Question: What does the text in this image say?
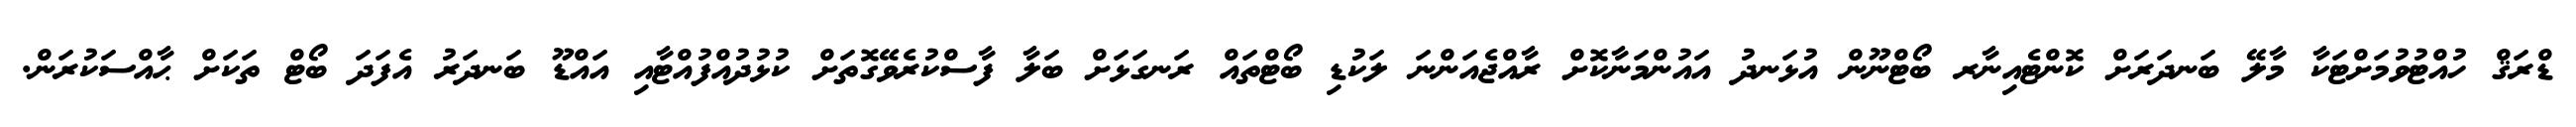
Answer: ޑްރަޤް ހުއްޓުވުމަށްޓަކާ މާލޭ ބަނދަރަށް ކޮންޓެއިނާރ ބޯޓްނޫން އުޅަނދު އައުންމަނާކޮށް ރާއްޖެއަންނަ ލަކުޑި ބޯޓްތައް ރަނގަޅަށް ބަލާ ފާސްކުރެވޭގޮތަށް ކުޅުދުއްފުއްޓާއި އައްޑޫ ބަނދަރު އެފަދަ ބޯޓް ތަކަށް ޙާއްސަކުރަން.